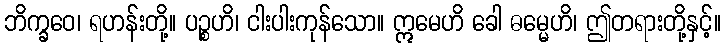
ဘိက္ခဝေ၊ ရဟန်းတို့။ ပဉ္စဟိ၊ ငါးပါးကုန်သော။ ဣမေဟိ ခေါ ဓမ္မေဟိ၊ ဤတရားတို့နှင့်။